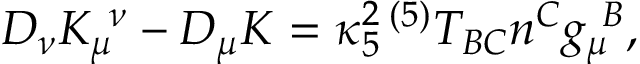
D _ { \nu } K _ { \mu } ^ { ~ \nu } - D _ { \mu } K = \kappa _ { 5 } ^ { 2 } \, { } ^ { ( 5 ) } T _ { B C } n ^ { C } g _ { \mu } ^ { ~ B } ,